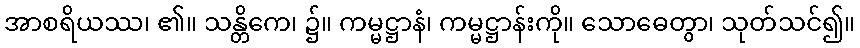
အာစရိယဿ၊ ၏။ သန္တိကေ၊ ၌။ ကမ္မဋ္ဌာနံ၊ ကမ္မဋ္ဌာန်းကို။ သောဓေတွာ၊ သုတ်သင်၍။